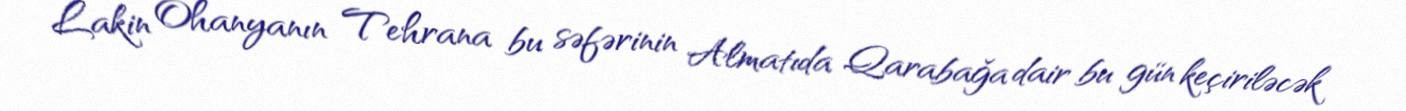
Lakin Ohanyanın Tehrana bu səfərinin Almatıda Qarabağa dair bu gün keçiriləcək